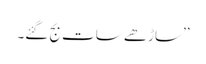
’’ساڑھے سات بج گئے۔